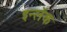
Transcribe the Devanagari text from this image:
इन्लॅक